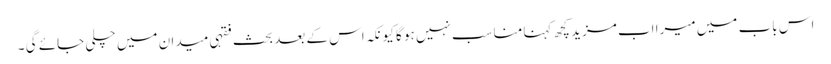
اس باب میں میرا اب مزید کچھ کہنا مناسب نہیں ہو گا کیونکہ اس کے بعد بحث فقہی میدان میں چلی جائے گی ۔